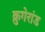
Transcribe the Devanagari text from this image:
क्रुगेरांड